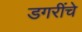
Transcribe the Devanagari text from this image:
डगरींचे